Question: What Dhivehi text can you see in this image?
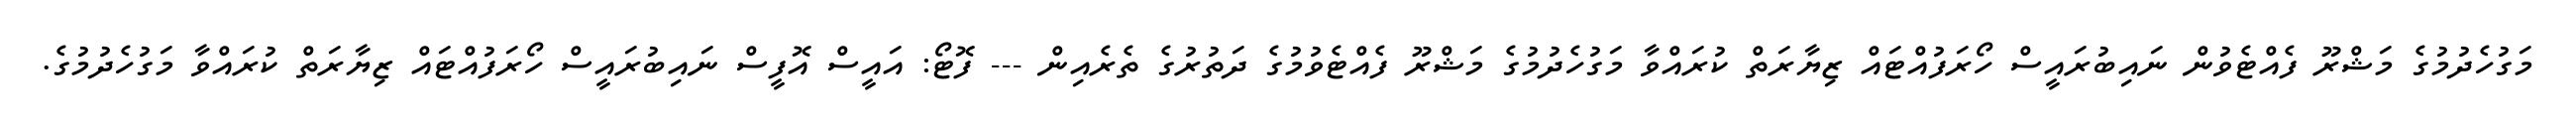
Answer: މަގުހެދުމުގެ މަޝްރޫ ފެއްޓެވުން ނައިބުރައީސް ހޯރަފުއްޓައް ޒިޔާރަތް ކުރައްވާ މަގުހެދުމުގެ މަޝްރޫ ފެއްޓެވުމުގެ ދަތުރުގެ ތެރެއިން --- ފޮޓޯ: އައީސް އޮފީސް ނައިބުރައީސް ހޯރަފުއްޓައް ޒިޔާރަތް ކުރައްވާ މަގުހެދުމުގެ.